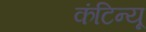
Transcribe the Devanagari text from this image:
कंटिन्यू